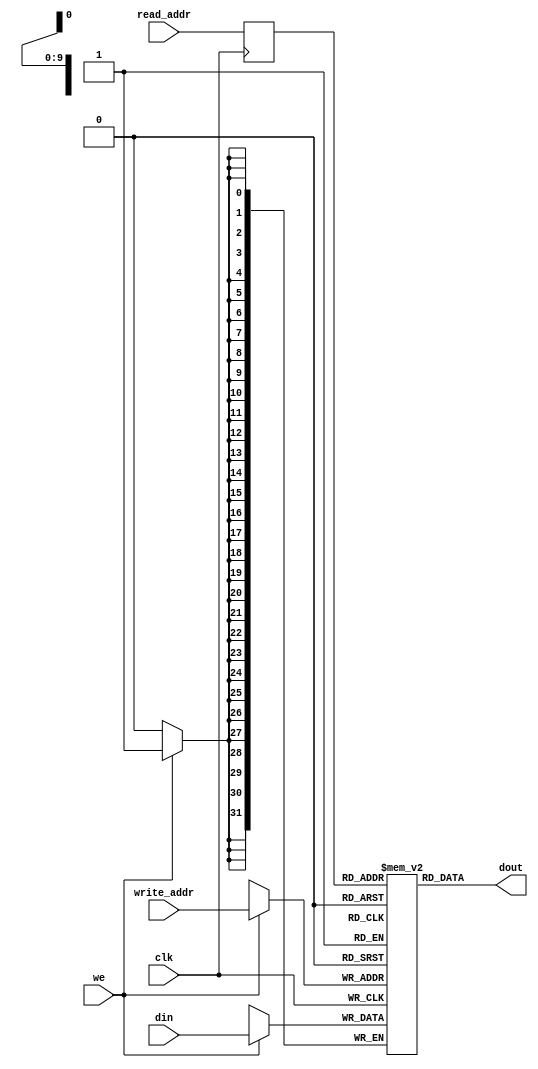
module ram_simple_dp_async_reg_read_1024x32 (clk, we, read_addr, write_addr, din, dout);
    input clk, we;
    input [9:0] read_addr, write_addr;
    input [31:0] din;
    output [31:0] dout;
    
    reg [31:0] ram [1023:0];
    reg [9:0] read_addr_reg;

    always @(posedge clk)
    begin
        read_addr_reg <= read_addr;
        if (we)
            ram[write_addr] <= din;
    end

    assign dout = ram[read_addr_reg];

endmodule